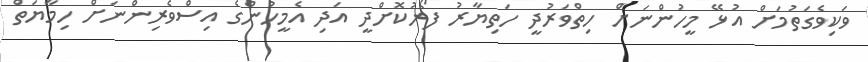
ވަކިވެގަތުމަށް އުޅޭ މީހުންނަށް ހިތްވަރުދީ ހަތިޔާރު ފޯރުކޮށްދީ އަދި އެމީހުންގެ އިސްވެރިންނަށް ހިމާޔަތް